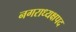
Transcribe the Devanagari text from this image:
नगराध्यक्षपद